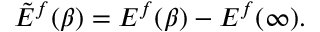
\tilde { E } ^ { f } ( \beta ) = E ^ { f } ( \beta ) - E ^ { f } ( \infty ) .